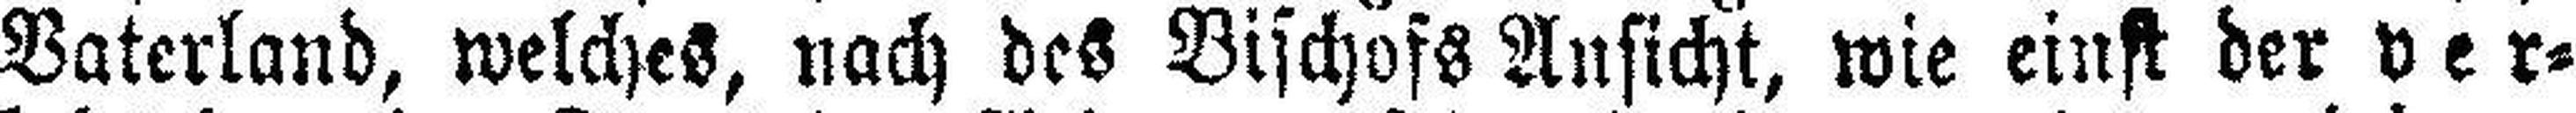
Vaterland, welches, nach des Bischofs Ansicht, wie einst der ver¬